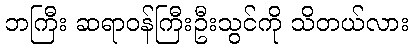
ဘကြီး ဆရာဝန်ကြီးဦးသွင်ကို သိတယ်လား